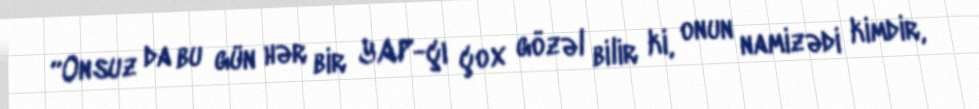
“Onsuz da bu gün hər bir YAP-çı çox gözəl bilir ki, onun namizədi kimdir,